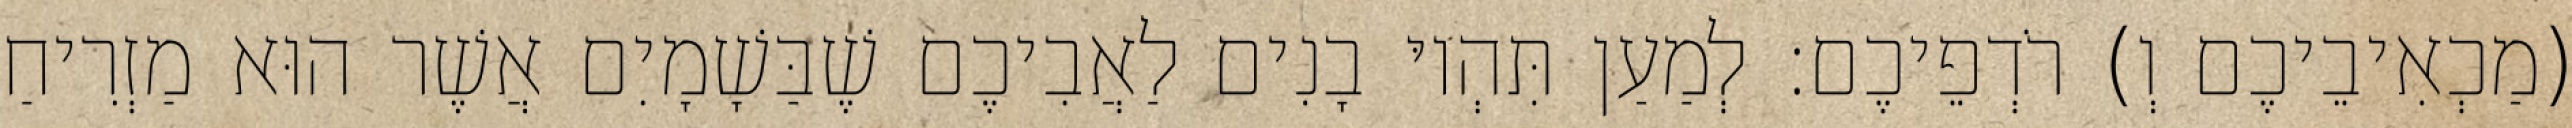
(מַכְאִיבֵיכֶם וְ) רֹדְפֵיכֶם׃ לְמַעַן תִּהְיוּ בָנִים לַאֲבִיכֶם שֶׁבַּשָׁמָיִם אֲשֶׁר הוּא מַזְרִיחַ